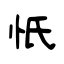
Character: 忯